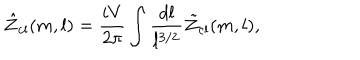
LaTeX: \hat { \cal Z } _ { \mathrm { c l } } ( m , l ) = \frac { i V } { 2 \pi } \int \frac { d l } { l ^ { 3 / 2 } } \tilde { \cal Z } _ { \mathrm { c l } } ( m , l ) ,